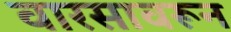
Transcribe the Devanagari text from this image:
वारसावरून